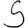
Digit: 5